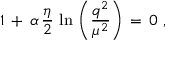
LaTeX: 1 \, + \, \alpha \, \frac { \eta } { 2 } \, \ln \, \left( \frac { q ^ { 2 } } { \mu ^ { 2 } } \right) \, = \, 0 \, \, ,